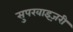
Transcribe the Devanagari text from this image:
सुपरवाइज़री